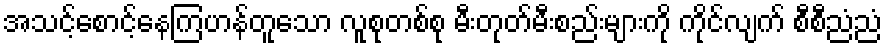
အသင့်စောင့်နေကြဟန်တူသော လူစုတစ်စု မီးတုတ်မီးစည်းများကို ကိုင်လျက် စီစီညံညံ